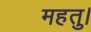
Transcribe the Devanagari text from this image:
महतु।